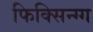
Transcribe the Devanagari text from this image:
फिक्सिन्ग्ग